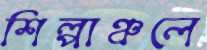
শিল্পাঞ্চলে